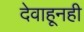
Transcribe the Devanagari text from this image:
देवाहूनही